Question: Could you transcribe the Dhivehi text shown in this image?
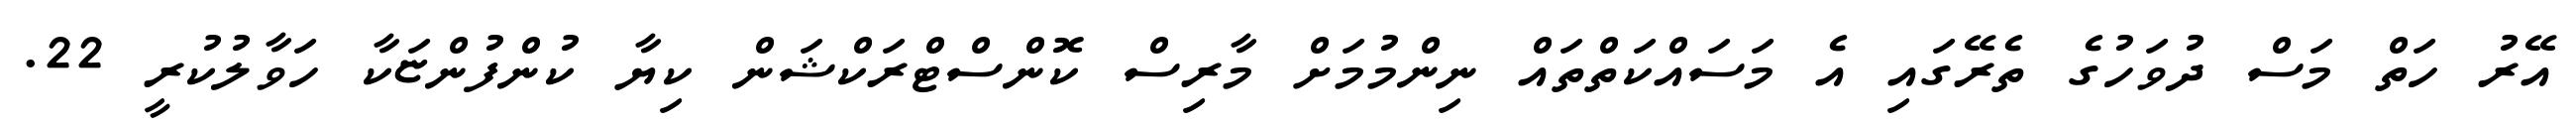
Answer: އޭރު ހަތް މަސް ދުވަހުގެ ތެރޭގައި އެ މަސައްކަތްތައް ނިންމުމަށް މާރިސް ކޮންސްޓްރަކްޝަން ކިޔާ ކުންފުންޏަކާ ހަވާލުކުރީ 22.